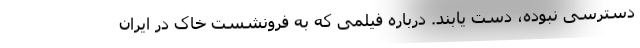
دسترسی نبوده، دست یابند. درباره فیلمی که به فرونشست خاک در ایران